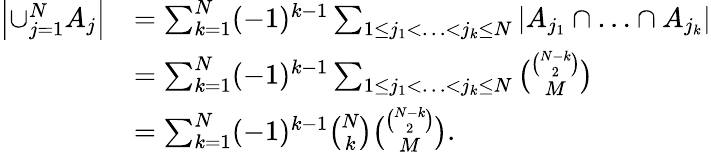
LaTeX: \begin{array}{rl}{\left|\cup_{j=1}^{N}A_{j}\right|}&{=\sum_{k=1}^{N}(-1)^{k-1}\sum_{1\le j_{1}<\ldots<j_{k}\le N}|A_{j_{1}}\cap\ldots\cap A_{j_{k}}|}\\ &{=\sum_{k=1}^{N}(-1)^{k-1}\sum_{1\le j_{1}<\ldots<j_{k}\le N}\binom{\binom{N-k}{2}}{M}}\\ &{=\sum_{k=1}^{N}(-1)^{k-1}\binom{N}{k}\binom{\binom{N-k}{2}}{M}.}\end{array}